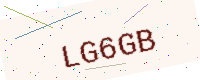
Text: LG6GB